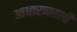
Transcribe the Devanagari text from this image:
आधारावरली